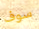
سوف